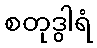
စတုဒွါရံ